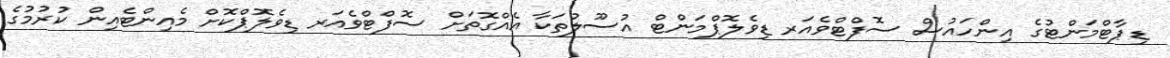
ޑިޕާޓްމަންޓުގެ އިންހައުސް ސޮފްޓްވެއަރ ޑިވެލޮޕްމަންޓް އުސޫލުތަކާ އެއްގޮތަށް ސޮފްޓްވެއަރ ޑިވެލޮޕްކޮށް މެއިންޓެއިން ކުރުމުގެ